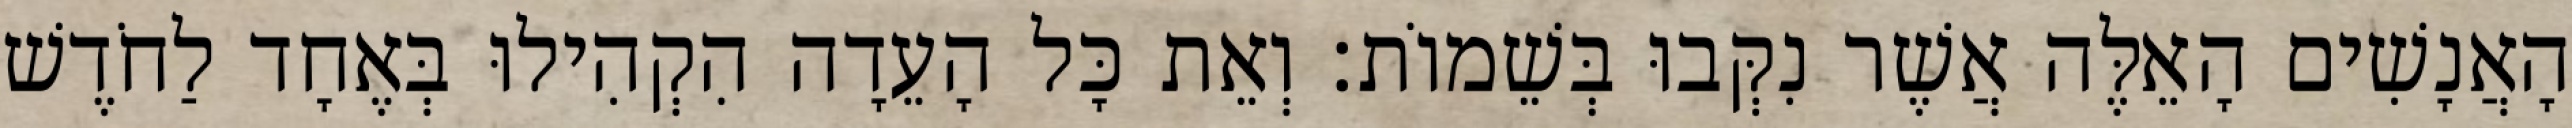
הָאֲנָשִׁים הָאֵלֶּה אֲשֶׁר נִקְּבוּ בְּשֵׁמוֹת׃ וְאֵת כָּל הָעֵדָה הִקְהִילוּ בְּאֶחָד לַחֹדֶשׁ